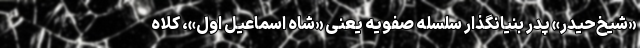
«شیخ‌حیدر» پدر بنیانگذار سلسله صفویه یعنی «شاه اسماعیل اول»، کلاه